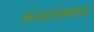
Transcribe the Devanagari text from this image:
अंत्यसंस्काराला